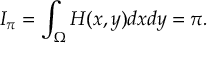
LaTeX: I _ { \pi } = \int _ { \Omega } H ( x , y ) d x d y = \pi .